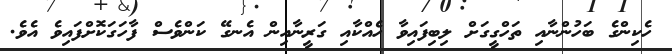
ހެކިންގެ ބަހުންނާއި ތަހްގީގަށް ލިބިފައިވާ ހެއްކާއި ގަރީނާއިން އެނގޭ ކަންވެސް ފާހަގަކޮށްފައިވެ އެވެ.